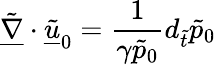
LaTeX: \underline{{\tilde{\nabla}}}\cdot\underline{{\tilde{u}}}_{0}=\frac{1}{\gamma\tilde{p}_{0}}d_{\tilde{t}}\tilde{p}_{0}